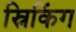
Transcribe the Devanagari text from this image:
स्निकिंग